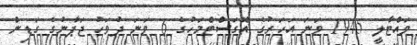
ވައްޓާލީ 1945 ވަނަ އަހަރުގެ އޮގަސްޓްމަހުގެ 6 ވަނަ ދުވަހު ޖަޕާނުގެ ގަޑިން